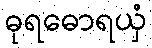
ဓုရဓောရယှံ